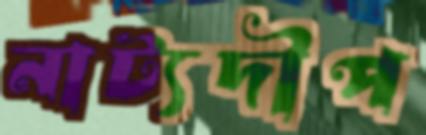
নাট্যদীপ